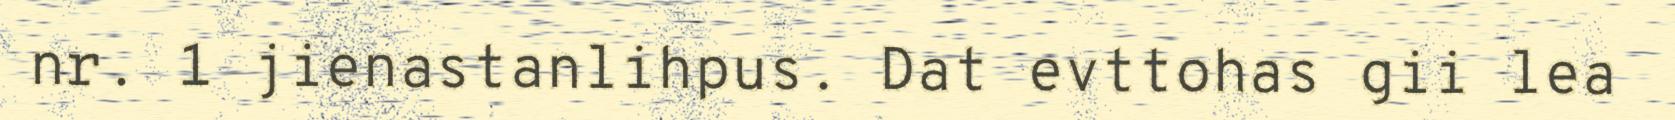
nr. 1 jienastanlihpus. Dat evttohas gii lea